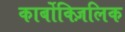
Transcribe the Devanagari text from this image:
कार्बोक्ज़िलिक